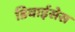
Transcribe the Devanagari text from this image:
डिवाईसेस